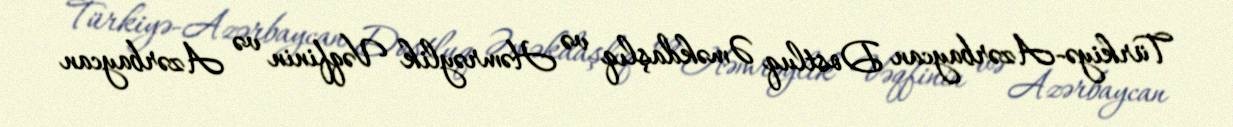
Türkiyə-Azərbaycan Dostluq Əməkdaşlıq və Həmrəylik Vəqfinin və Azərbaycan